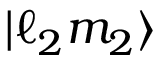
\vert \ell _ { 2 } m _ { 2 } \rangle